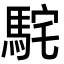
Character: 𩢵